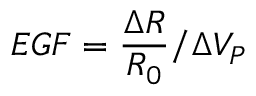
E G F = \frac { \Delta R } { R _ { 0 } } / \Delta V _ { P }